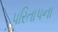
પરિતાપના